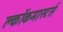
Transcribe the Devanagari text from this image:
क्लाॅकमास्टर्स